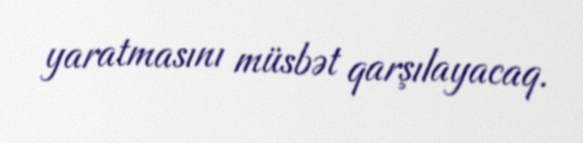
yaratmasını müsbət qarşılayacaq.